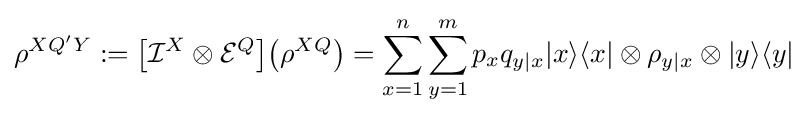
\rho ^{XQ'Y}:=\left[{\mathcal {I}}^{X}\otimes {\mathcal {E}}^{Q}\right]\!\left(\rho ^{XQ}\right)=\sum _{x=1}^{n}\sum _{y=1}^{m}p_{x}q_{y|x}|x\rangle \langle x|\otimes \rho _{y|x}\otimes |y\rangle \langle y|